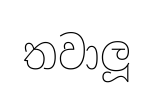
තවාලූ